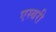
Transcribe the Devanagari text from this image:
एस्बरी